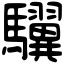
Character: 龮